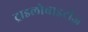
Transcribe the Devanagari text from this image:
ट्राइलोबाइटीज़